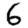
Digit: 6